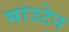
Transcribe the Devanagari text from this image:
मांउटेन